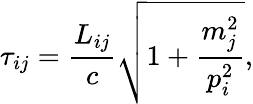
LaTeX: \tau_{ij}=\frac{L_{ij}}{c}\sqrt{1+\frac{m_{j}^{2}}{p_{i}^{2}}},